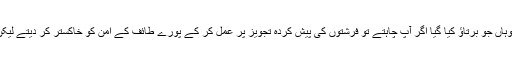
۷- پھر جب مکہ سے دلبرداشتہ ہو کر طائف گئے، تو وہاں جو برتاؤ کیا گیا اگر آپ چاہتے تو فرشتوں کی پیش کردہ تجویز پر عمل کر کے پورے طائف کے امن کو خاکستر کر دیتے لیکن امن کی بحالی کے لئے ایک لفظ ان کے خلاف نہ کہا۔